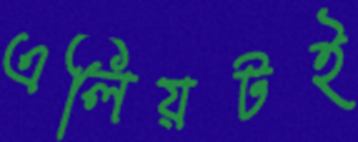
এলিয়টই